Regulations for the medical services of the Army of India
Year: 1930
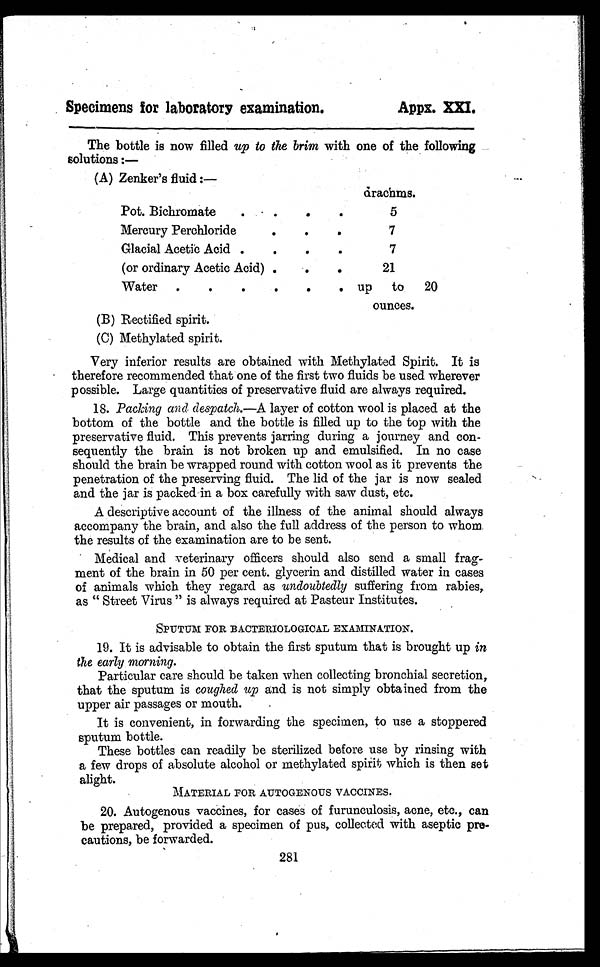
Specimens for laboratory examination. Appx. XXI.
The bottle is now filled up to the brim with one of the following
solutions :
—
(A) Zenker's fluid :—
d r a c h m s
Pot. Bichromate . . .
5
Mercury Perchloride . .
7
Glacial Acetic Acid . . .
7
(or ordinary Acetic Acid) . . .
21
Water . . . up to 20
ounces.
(B) Rectified spirit.
(C) Methylated spirit.
Very inferior results are obtained with Methylated Spirit. It is
therefore recommended that one of the first two fluids be used wherever
possible. Large quantities of preservative fluid are always required.
18. Packing and despatch.—A layer of cotton wool is placed at the
bottom of the bottle and the bottle is filled up to the top with the
preservative fluid. This prevents jarring during a journey and con
- s e q u e n t l y t h e b r a i n i s n o t b r o k e n u p a n d e m u l s i f i e d . I n n o c a s e
should the brain be wrapped round with cotton wool as it prevents the
penetration of the preserving fluid. The lid of the jar is now sealed
and the jar is packed in a box carefully with saw dust, etc.
A descriptive account of the illness of the animal should always
accompany the brain, and also the full address of the person to whom
the results of the examination are to be sent.
Medical and veterinary officers should also send a small frag
- m e n t o f t h e b r a i n i n 5 0 p e r c e n t . g l y c e r i n a n d d i s t i l l e d w a t e r i n c a s e s
of animals which they regard as undoubtedly suffering from rabies,
as " Street Virus " is always required at Pasteur Institutes.
SPUTUM FOR BACTERIOLOGICAL EXAMINATION.
19. It is advisable to obtain the first sputum that is brought up in
the early morning.
Particular care should be taken when collecting bronchial secretion,
that the sputum is coughed up and is not simply obtained from the
upper air passages or mouth.
It is convenient, in forwarding the specimen, to use a stoppered
sputum bottle.
These bottles can readily be sterilized before use by rinsing with
a few drops of absolute alcohol or methylated spirit which is then set
alight.
MATERIAL FOR AUTOGENOUS VACCINES.
20. Autogenous vaccines, for cases of furunculosis, acne, etc., can
be prepared, provided a specimen of pus, collected with aseptic pre
- c a u t i o n s , b e f o r w a r d e d .
281